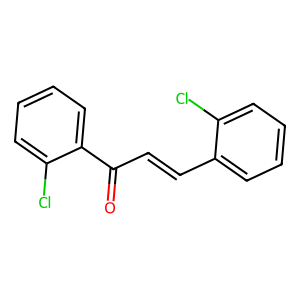
SMILES: O=C(C=Cc1ccccc1Cl)c1ccccc1Cl
Inhibits HIV replication: No